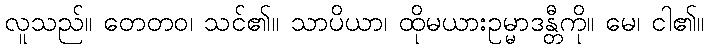
လူသည်။ တေတဝ၊ သင်၏။ သာပိယာ၊ ထိုမယားဥမ္မာဒန္တီကို။ မေ၊ ငါ၏။